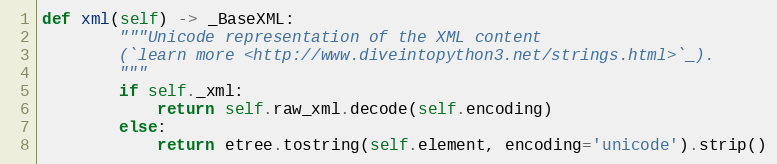
Language: Python
def xml(self) -> _BaseXML:
        """Unicode representation of the XML content
        (`learn more <http://www.diveintopython3.net/strings.html>`_).
        """
        if self._xml:
            return self.raw_xml.decode(self.encoding)
        else:
            return etree.tostring(self.element, encoding='unicode').strip()